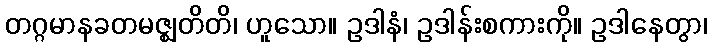
တဂ္ဂမာနခတမဇ္ဈတိတိ၊ ဟူသော။ ဥဒါနံ၊ ဥဒါန်းစကားကို။ ဥဒါနေတွာ၊